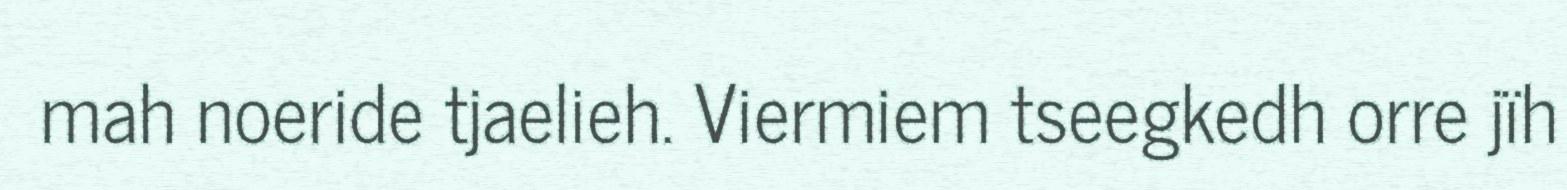
mah noeride tjaelieh. Viermiem tseegkedh orre jïh